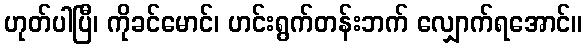
ဟုတ်ပါပြီ၊ ကိုခင်မောင်၊ ဟင်းရွက်တန်းဘက် လျှောက်ရအောင်။